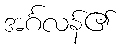
အင်္ဂလန်၏